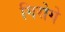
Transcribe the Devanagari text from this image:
गिरोगे